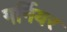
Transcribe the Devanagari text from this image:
गर्नियर